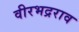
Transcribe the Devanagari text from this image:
वीरभद्रराव